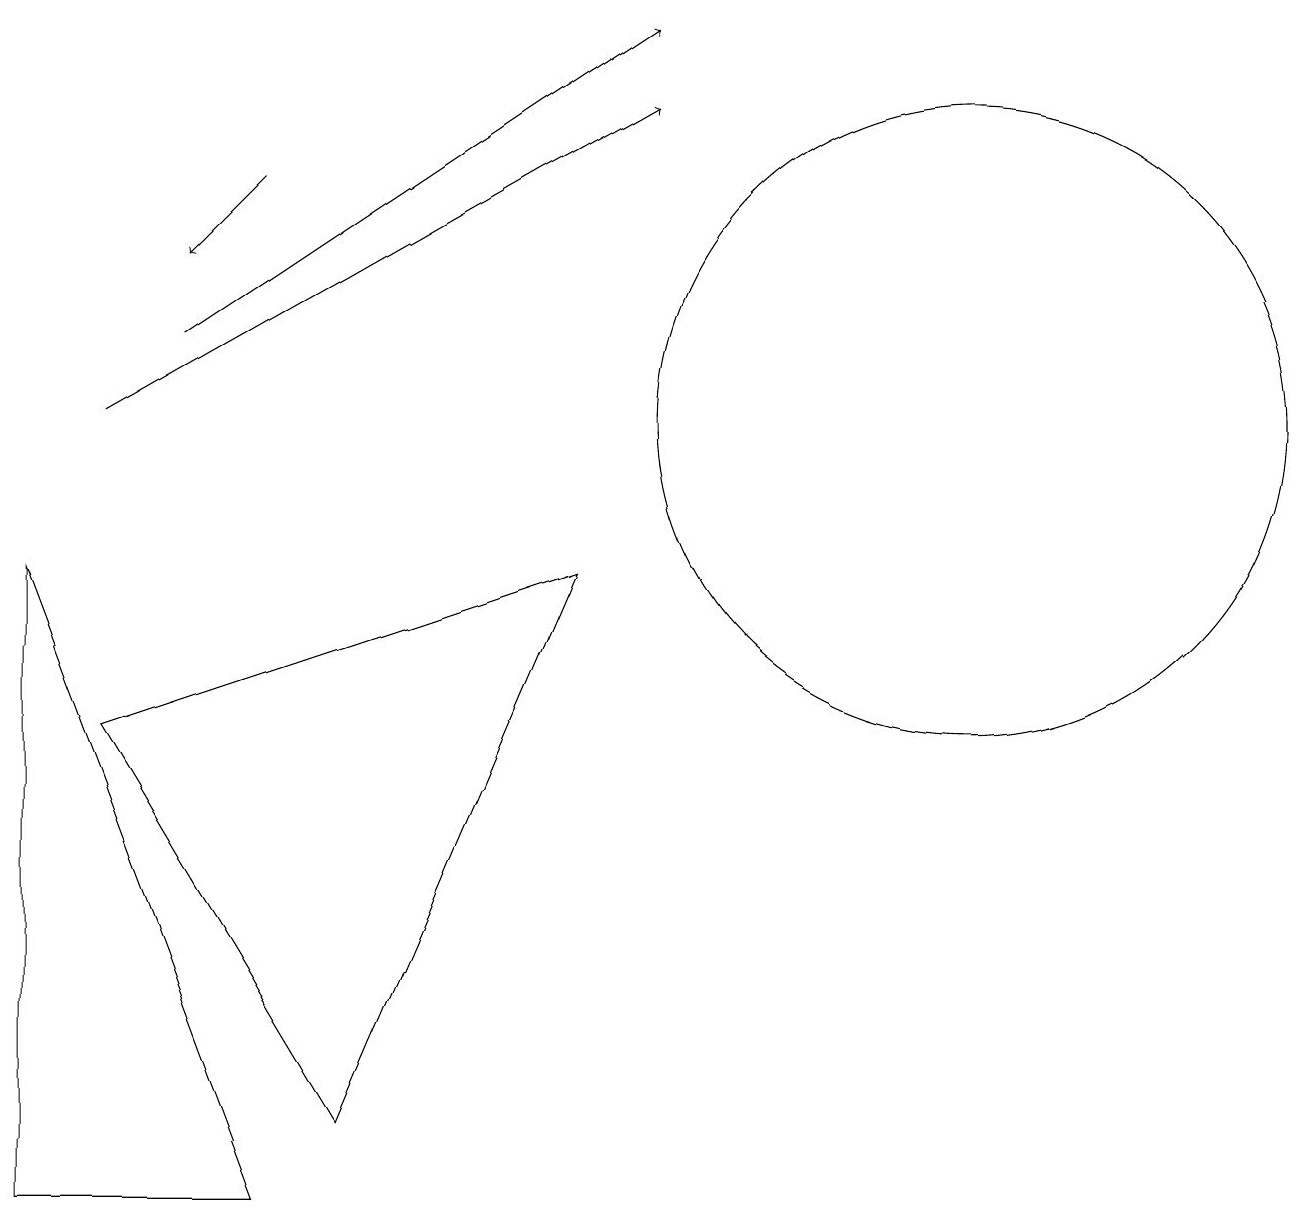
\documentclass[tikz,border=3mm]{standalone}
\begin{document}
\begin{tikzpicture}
\draw (0,9) -- (3,1) -- (0,1) -- cycle;
\draw[->] (1,11) -- (8,15);
\draw[->] (3,14) -- (2,13);
\draw (12,11) circle (4);
\draw[->] (2,12) -- (8,16);
\draw (4,2) -- (7,9) -- (1,7) -- cycle;
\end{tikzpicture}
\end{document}